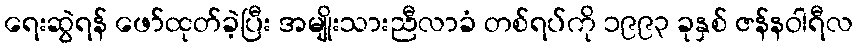
ရေးဆွဲရန် ဖော်ထုတ်ခဲ့ပြီး အမျိုးသားညီလာခံ တစ်ရပ်ကို ၁၉၉၃ ခုနှစ် ဇန်နဝါရီလ